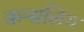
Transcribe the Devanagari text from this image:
कन्सलिग